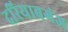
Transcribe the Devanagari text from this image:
दरियाबगंज